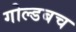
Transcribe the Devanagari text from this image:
गोल्डबच